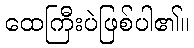
ထေကြီးပဲဖြစ်ပါ၏။